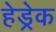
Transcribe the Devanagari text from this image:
हेड्रेक